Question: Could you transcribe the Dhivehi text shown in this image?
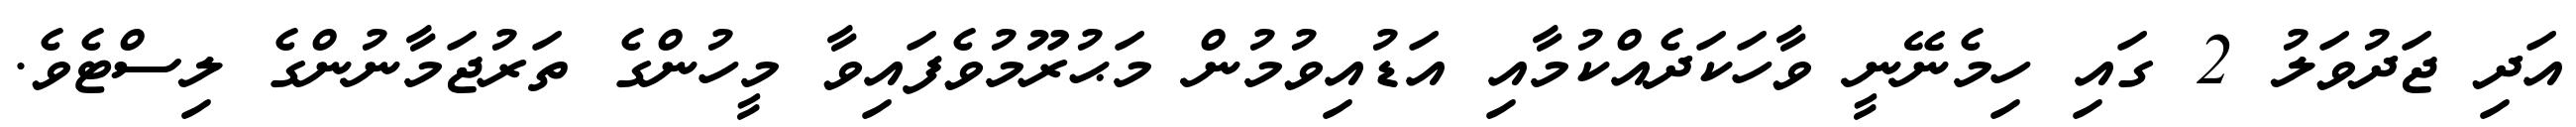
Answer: އަދި ޖަދުވަލު 2 ގައި ހިމެނޭނީ ވާހަކަދެއްކުމާއި އަޑުއިވުމުން މަޙުރޫމުވެފައިވާ މީހުންގެ ތަރުޖަމާނުންގެ ލިސްޓެވެ.